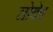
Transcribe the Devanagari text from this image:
लोयेब